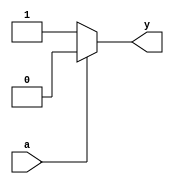
module notgate(a,y);
input a;
output reg y;
always@(*)
begin
if (a==1)
    y=0;
else
    y=1;
end
endmodule